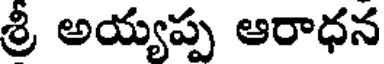
శ్రీ అయ్యప్ప ఆరాధన